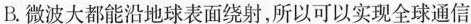
D.卫星通信是用通信卫星来作为微波通信的中继站